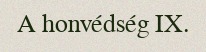
A honvédség IX.